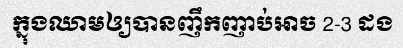
ក្នុងឈាមឲ្យបានញឹកញាប់អាច 2-3 ដង